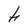
Character: h